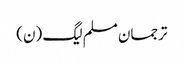
ترجمان مسلم لیگ (ن)